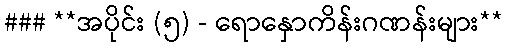
### **အပိုင်း (၅) - ရောနှောကိန်းဂဏန်းများ**